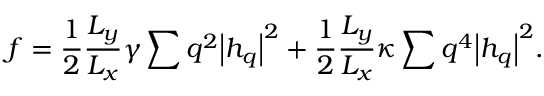
f = \frac { 1 } { 2 } \frac { { { L } _ { y } } } { { { L } _ { x } } } \gamma \sum { { { q } ^ { 2 } } { { \left| h _ { q } \right| } ^ { 2 } } } + \frac { 1 } { 2 } \frac { { { L } _ { y } } } { { { L } _ { x } } } \kappa \sum { { { q } ^ { 4 } } { { \left| h _ { q } \right| } ^ { 2 } } } .